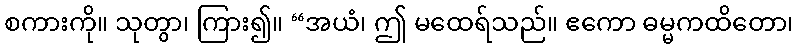
စကားကို။ သုတွာ၊ ကြား၍။ “အယံ၊ ဤ မထေရ်သည်။ ဧကော ဓမ္မကထိတော၊